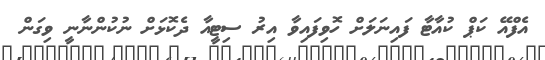
އެފްއޭ ކަޕް ކުއާޓާ ފައިނަލަށް ހޮވިފައިވާ އިރު ސިޓީއާ ދެކޮޅަށް ނުކުންނާނީ ވިގަން